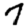
Digit: 7